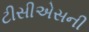
ટીસીએસની